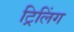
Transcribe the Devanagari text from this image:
ट्रिलिंग